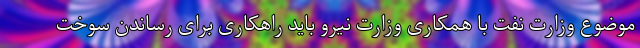
موضوع وزارت نفت با همکاری وزارت نیرو باید راهکاری برای رساندن سوخت